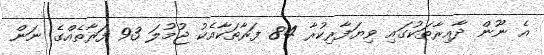
އެ ނޫން ދާއިރާތަކުގައި ވިޔަފާރިކުރާ 84 ފަރާތަކާއެކު ޖުމުލަ 93 ފަރާތެއްގެ ނަން